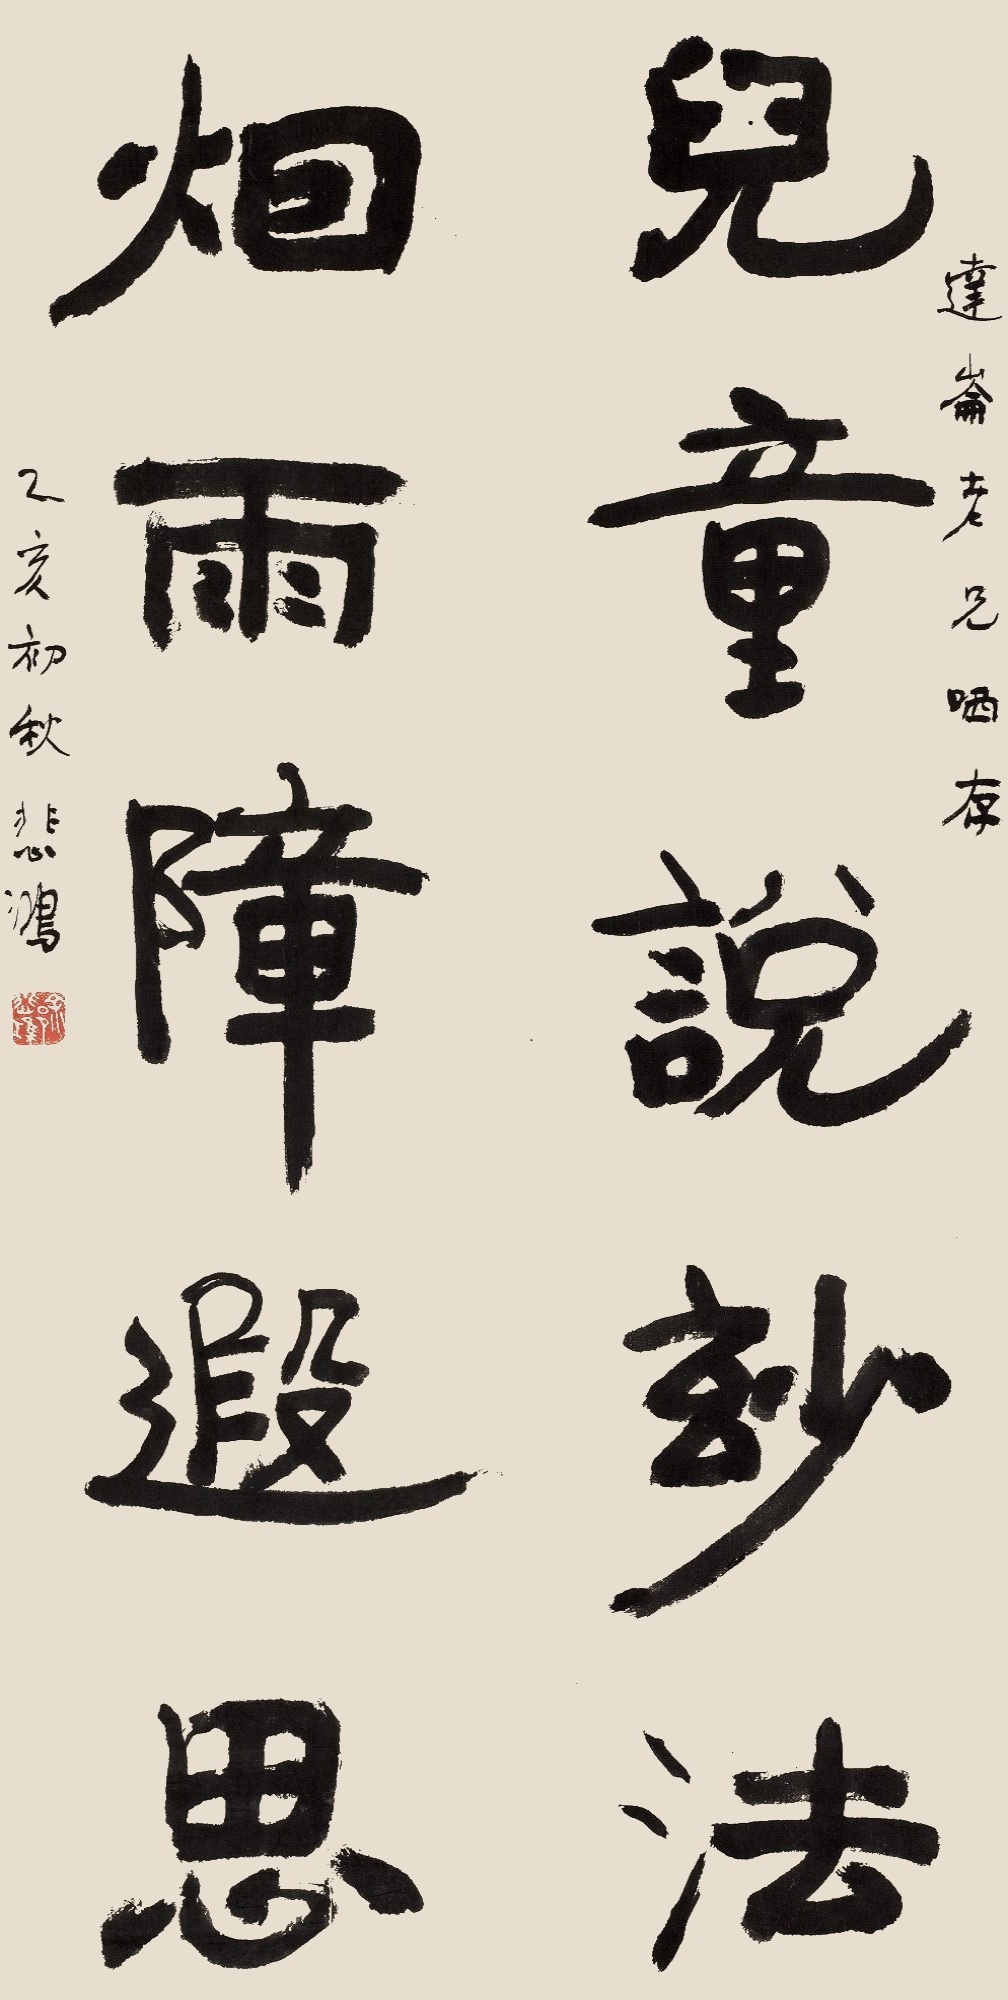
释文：儿童说妙法，烟雨障遐思。达仑老兄哂存。乙亥初秋，悲鸿。